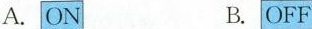
A. ON B. OFF